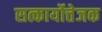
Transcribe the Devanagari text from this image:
सत्कार्योत्तेजक